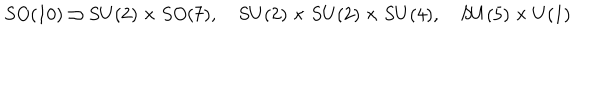
LaTeX: S O ( 1 0 ) \supset S U ( 2 ) \times S O ( 7 ) , \quad S U ( 2 ) \times S U ( 2 ) \times S U ( 4 ) , \quad S U ( 5 ) \times U ( 1 )